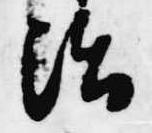
治